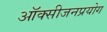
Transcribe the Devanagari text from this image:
ऑक्सीजनप्रयोग